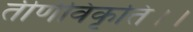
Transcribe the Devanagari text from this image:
तीर्णविकृति।।